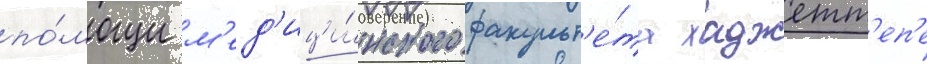
по́мощи м'ед'ици́нского факульт'е́та хаджетт'еп'е